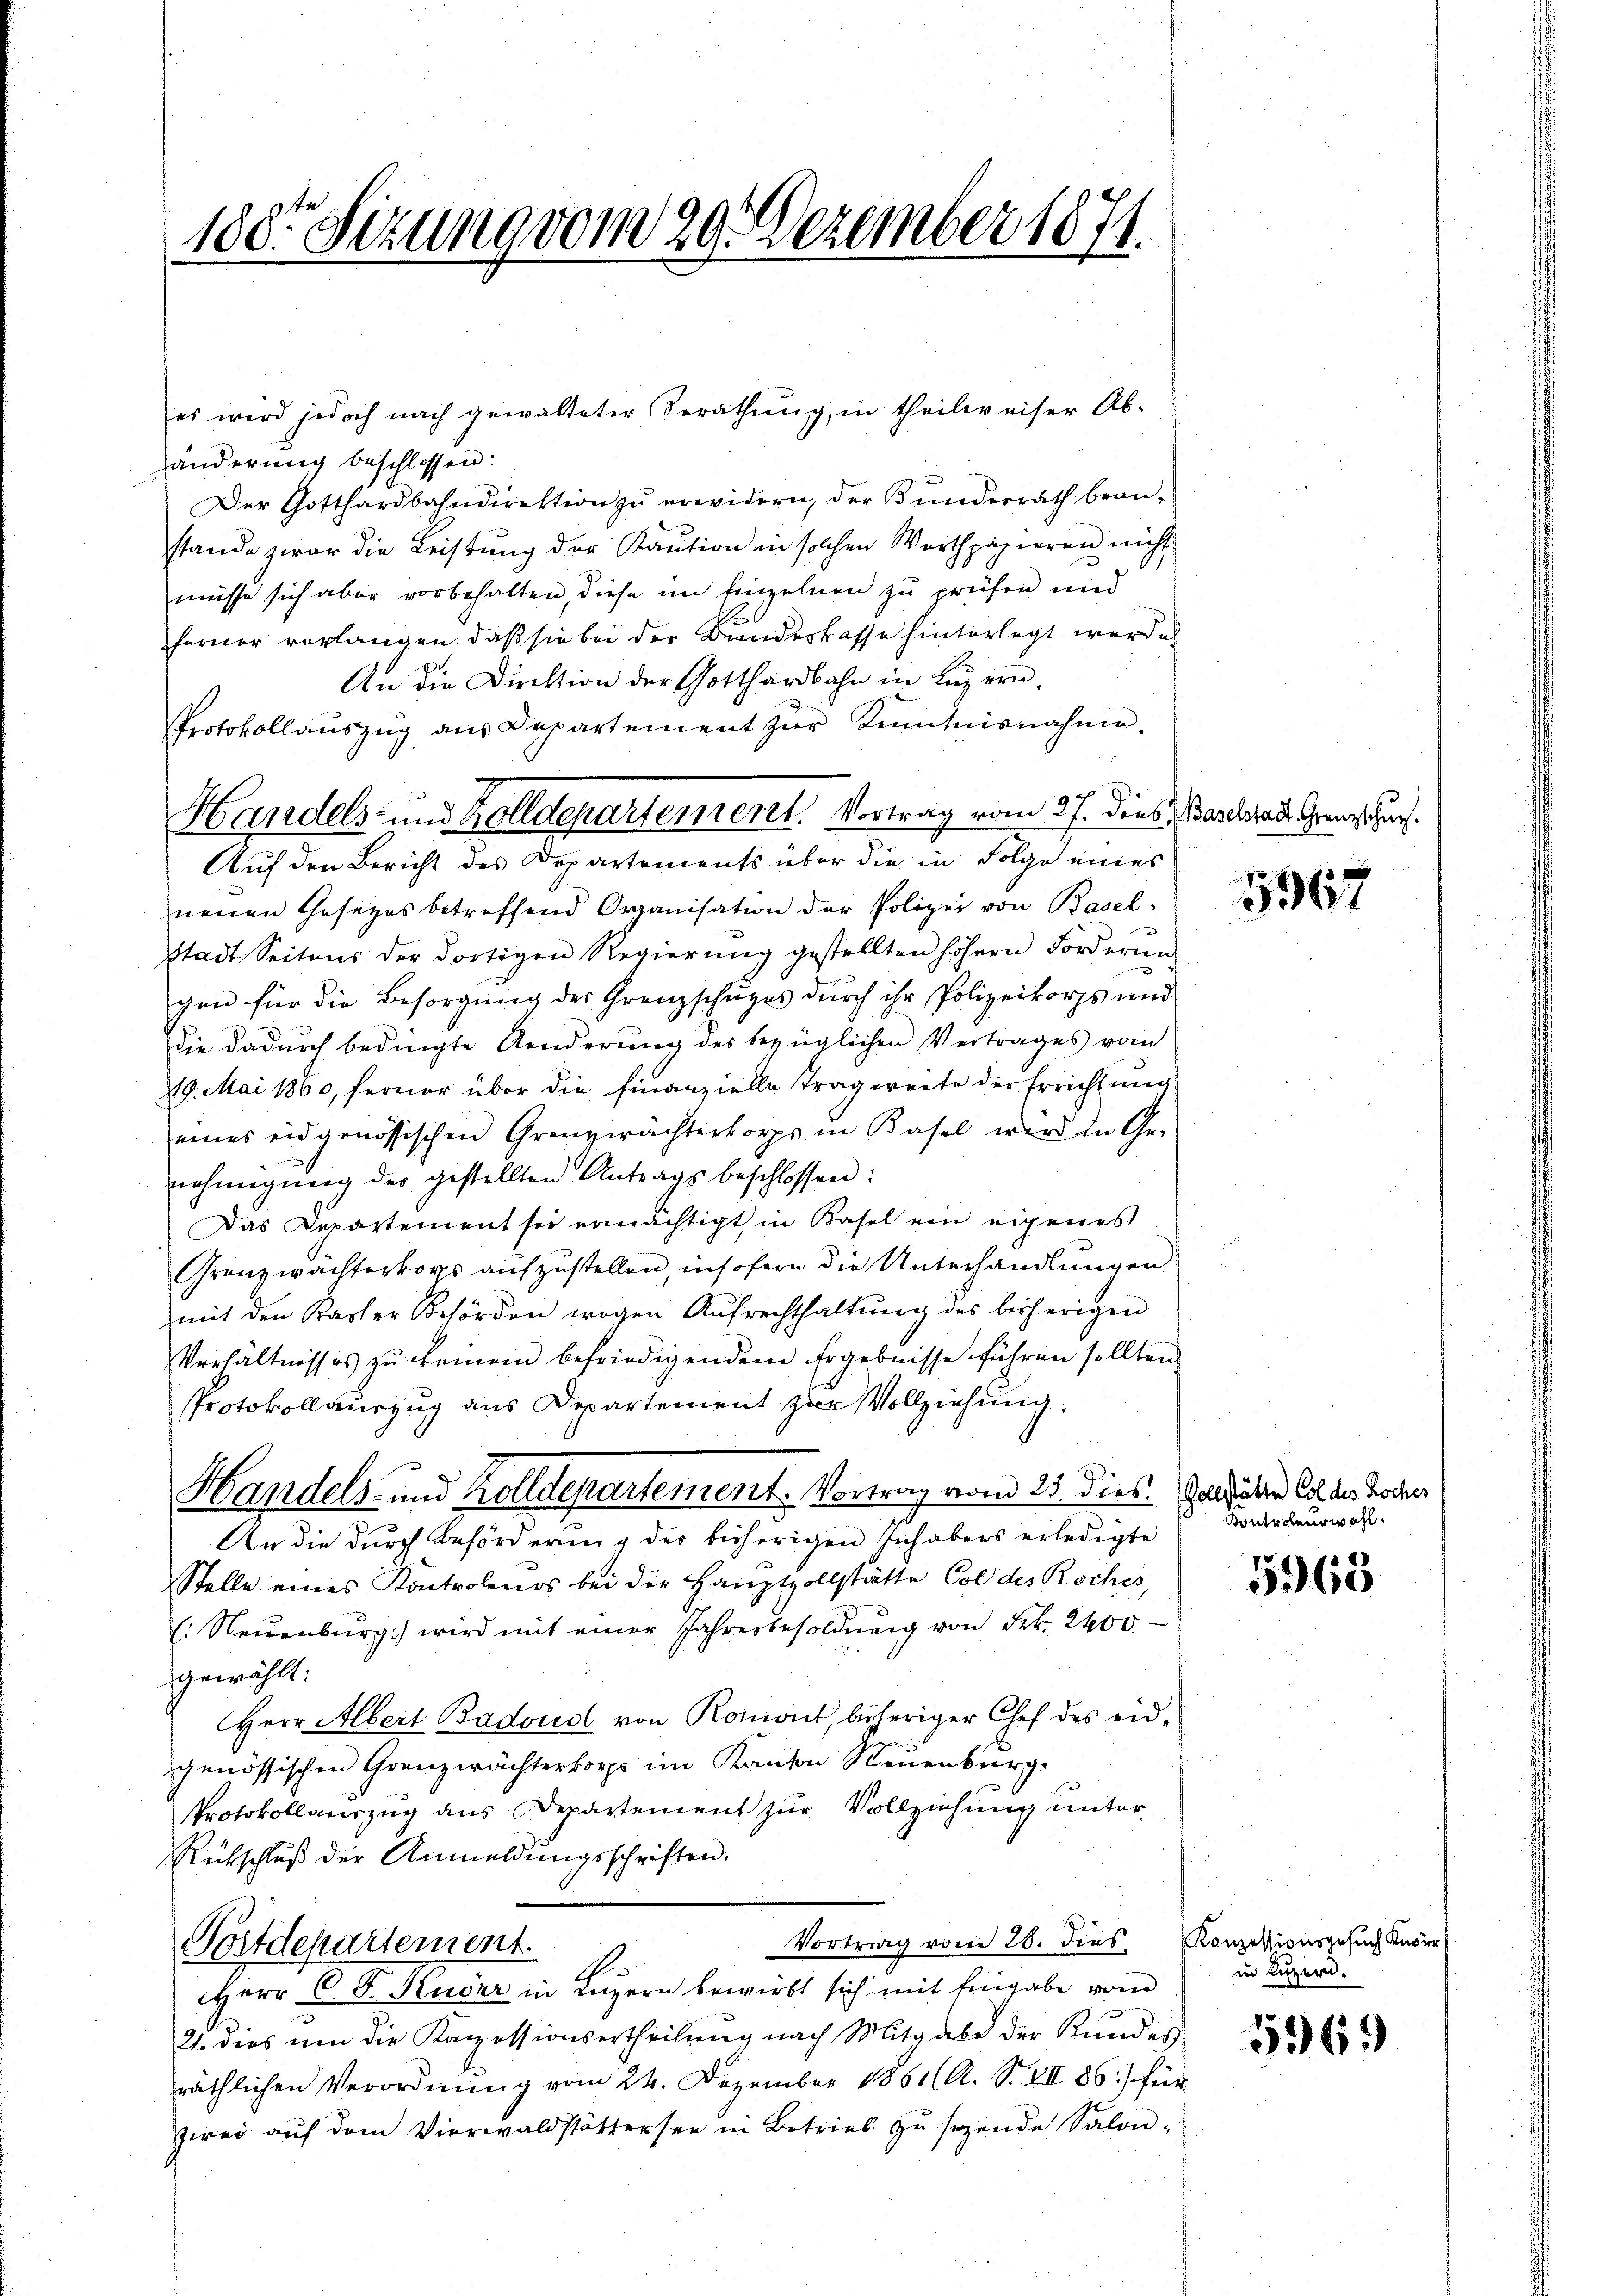
100. Sizung vom 29. Dezember 1874.

änderung beschlossen:
Der Gotthardbahndirektion zu erwidern, der Bunderrath beanstande zwar die Leistung der Kaution in solchen Werthpapieren nicht
müsse sich aber vorbehalten, diese im Einzelnen zu prüfen und
ferner vorlangen, daß sie bei der Bundeskasse hinterlegt werde.
An die Direktion der Gotthardbahn in Luzern.
Protokollaŭszŭg ans Departement zŭr Kenntnisnahme.
neuen Gesezes betreffend Organisation der Polizei von Basel-
stadt Seitens der dortigen Regierŭng gestellten höhern Forderŭng
gen für die Besorgung des Grenzschupes durch ihr Polizeikorps und
die dadurch bedingte Aenderung des bezüglichen Vertrages vom
19. Mai 1860, ferner über die Finanzielle Tragweite der Errichtung
eines eidgenössischen Grenzerächterkorps in Kasel wird in Ge-
nehmigŭng des gestellten Antrags beschlossen:
Das Departement sei ermächtigt in Basel ein eigenes
Granzwächterkorps aufzustellen, insofern die Unterhandlungen
mit den Kaster Behörden wegen Aufrechthaltŭng des bisherigen
Verhältnisses zŭ keinem befriedigendem Ergebnisse führen sollten.
Protokollauszug aus Departement zur Vollziehung.
Handels- und Zolldepartement. Vortrag vom 23. dies
An die durch Beförderung des bisherigen sich abers erledigte
Stelle eines Kontrolends bei der Hauptvollstätte Col des Roches,
(Neuenburg) wird mit einer Jahresbesoldŭng von Frk. 2400.
gewählt:
Herr Albert Badouol von Romont, bisheriger Chef des eidgenössischen Grenzwächterkorps im Kanton Neuenburg.
Protokollauszug aus Departement zur Vollziehung unter
Rütschluß der Anmeldungsschriften.
Vortrag vom 28. dies Konzessionsgesuch Knorr
Postdepartement.
Herr C. F. Ruder in Luzern bewirkt sich mit Eingabe vom
21. dies um die Kanzessionsertheilung nach Mitgabe der Kundes
räthlichen Verordnung vom 24. Dezember 1861 (A. S. VII 86) für
zwei aŭf dem Vierwaldstättersee in Betries zŭ sezende Salon-

Handels- und Zolldepartement. Vortrag vom 27. dies anderaus Grenz zur
Auf den Bericht des Departements über die in Folge eines

es wird jedoch nach gewalteter Berathŭng, in theilweiser Ab-

5967

Vollstätte Coldes Koches
Kontrolenswahl.

5963

in Luzern.

596